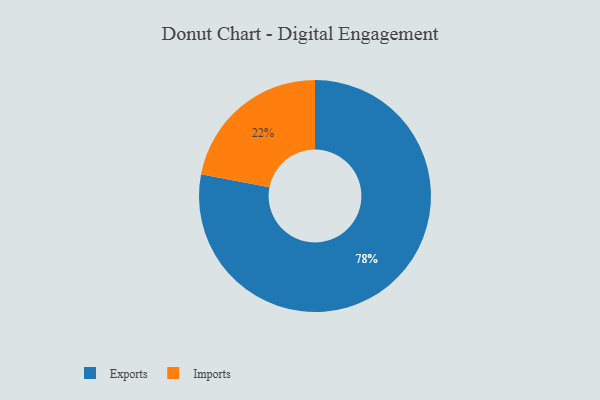
{"axis": {"x": "Category", "y": "Percentage"}, "legend": ["Exports", "Imports"], "data": [{"x": "Exports", "y": 78, "type": "Exports"}, {"x": "Imports", "y": 22, "type": "Imports"}]}